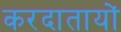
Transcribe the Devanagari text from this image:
करदातायों